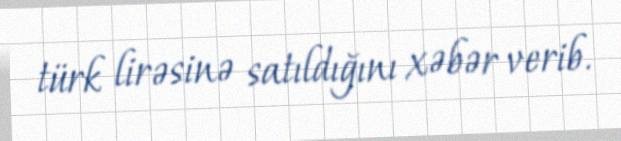
türk lirəsinə satıldığını xəbər verib.